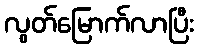
လွတ်မြောက်လာပြီး